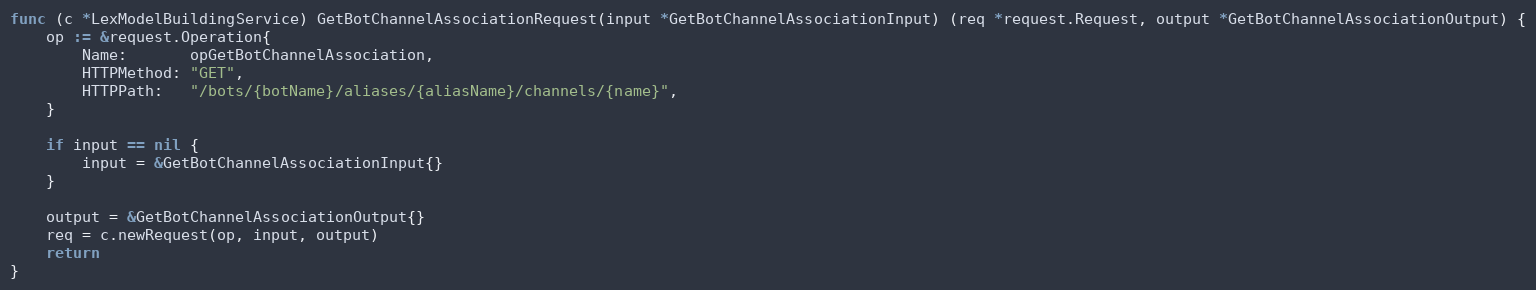
Language: Go
func (c *LexModelBuildingService) GetBotChannelAssociationRequest(input *GetBotChannelAssociationInput) (req *request.Request, output *GetBotChannelAssociationOutput) {
	op := &request.Operation{
		Name:       opGetBotChannelAssociation,
		HTTPMethod: "GET",
		HTTPPath:   "/bots/{botName}/aliases/{aliasName}/channels/{name}",
	}

	if input == nil {
		input = &GetBotChannelAssociationInput{}
	}

	output = &GetBotChannelAssociationOutput{}
	req = c.newRequest(op, input, output)
	return
}